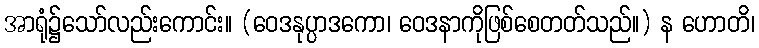
အာရုံ၌သော်လည်းကောင်း။ (ဝေဒနုပ္ပာဒကော၊ ဝေဒနာကိုဖြစ်စေတတ်သည်။) န ဟောတိ၊